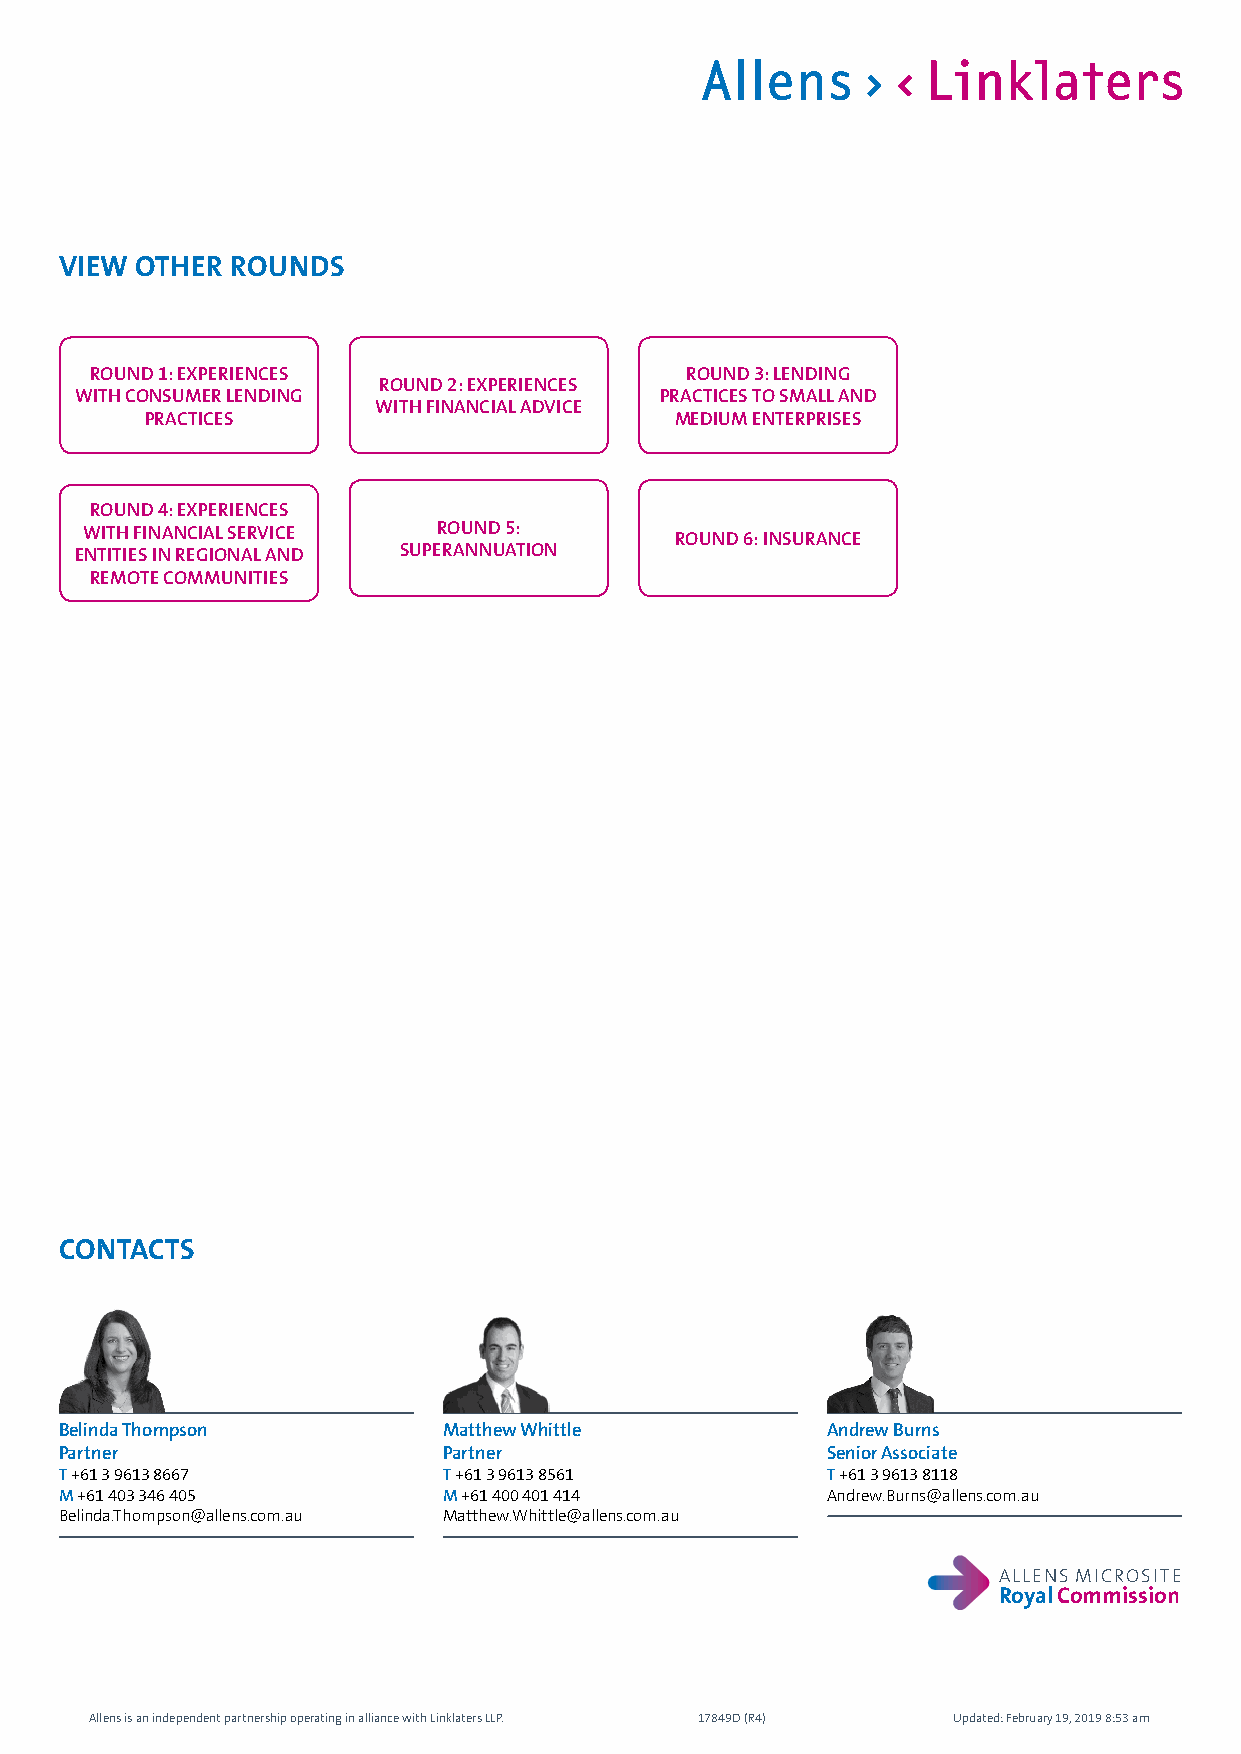
VIEW OTHER ROUNDS
 ROUND 1: EXPERIENCES                   ROUND 3: LENDING
 ROUND 2: EXPERIENCES
 WITH CONSUMER LENDING                  PRACTICES TO SMALL AND
 WITH FINANCIAL ADVICE
 PRACTICES                          MEDIUM ENTERPRISES
 ROUND 4: EXPERIENCES
 WITH FINANCIAL SERVICE ROUND 5:
 ROUND 6: INSURANCE
 ENTITIES IN REGIONAL AND SUPERANNUATION
 REMOTE COMMUNITIES
 CONTACTS
 Belinda Thompson         Matthew Whittle           Andrew Burns
 Partner                  Partner                   Senior Associate
 T +61 3 9613 8667        T +61 3 9613 8561         T +61 3 9613 8118
 M +61 403 346 405        M +61 400 401 414         Andrew.Burns@allens.com.au
 Belinda.Thompson@allens.com.au Matthew.Whittle@allens.com.au
 ALLENS MICROSITE
 Royal Commission
 Allens is an independent partnership operating in alliance with Linklaters LLP. 17849D (R4) Updated: February 19, 2019 8:53 am